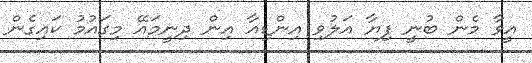
އީވާ މެން ބުނީ ފިޔާ އަލުވި އިންޑިއާ އިން ދިނީމައޭ މިގައުމު ކައިގެން